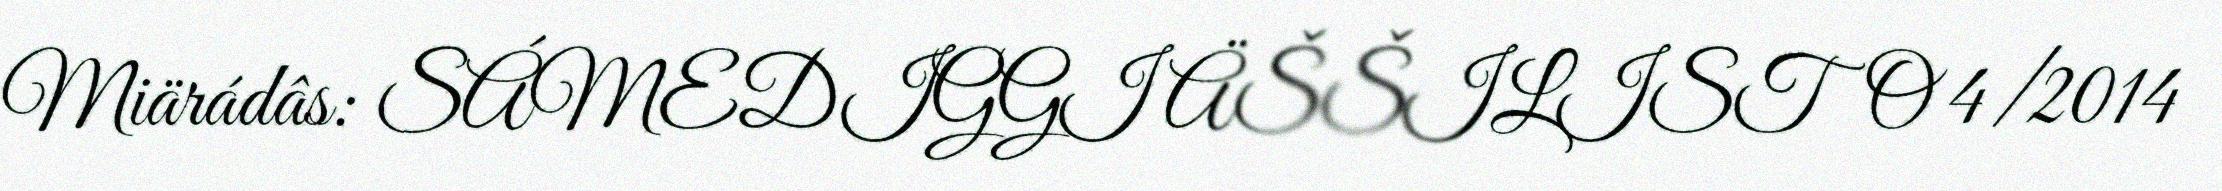
Miärádâs: SÁMEDIGGI ÄŠŠILISTO 4/2014